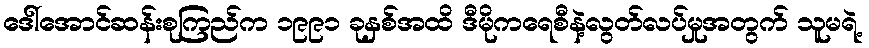
ဒေါ်အောင်ဆန်းစုကြည်က ၁၉၉၁ ခုနှစ်အထိ ဒီမိုကရေစီနဲ့လွတ်လပ်မှုအတွက် သူမရဲ့